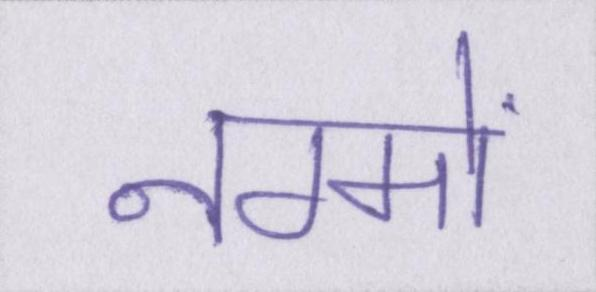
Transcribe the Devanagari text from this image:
नग्मों